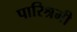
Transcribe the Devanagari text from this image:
पारिश्रमी